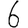
Digit: 6